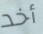
أخد